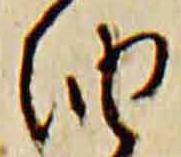
納